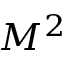
M ^ { 2 }